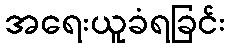
အရေးယူခံရခြင်း